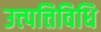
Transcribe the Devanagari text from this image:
उत्त्पत्तिविधि